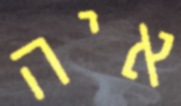
איה